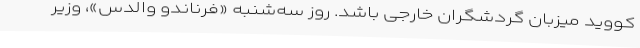
کووید میزبان گردشگران خارجی باشد. روز سه‌شنبه «فرناندو والدس»، وزیر